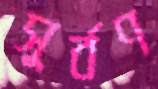
সুর্বণ